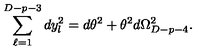
\sum _ { \ell = 1 } ^ { D - p - 3 } d y _ { l } ^ { 2 } = d \theta ^ { 2 } + \theta ^ { 2 } d \Omega _ { D - p - 4 } ^ { 2 } .